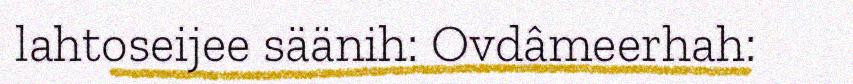
lahtoseijee säänih: Ovdâmeerhah: